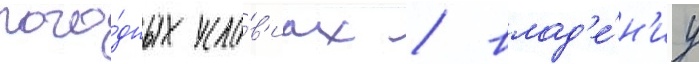
пого́дных усло́в'иах / влад'е́н'иу